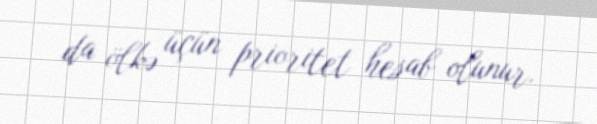
da ölkə üçün prioritet hesab olunur.